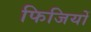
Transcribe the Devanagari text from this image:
फिजियों